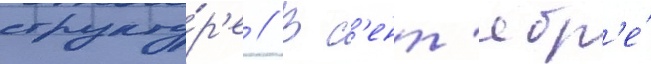
структу́р'е // В с'ент'ябр'е́